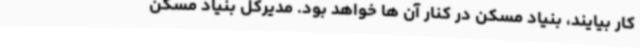
کار بیایند، بنیاد مسکن در کنار آن ها خواهد بود. مدیرکل بنیاد مسکن